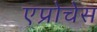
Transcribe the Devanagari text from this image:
एप्रोचेस